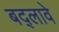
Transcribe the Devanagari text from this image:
बद्लावे